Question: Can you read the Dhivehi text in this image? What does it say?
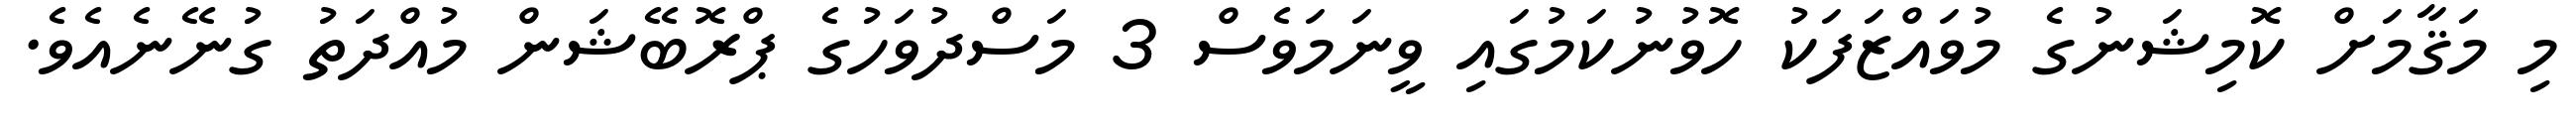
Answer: މި މަޤާމަށް ކޮމިޝަނުގެ މުވައްޒަފަކު ހޮވުނުކަމުގައި ވީނަމަވެސް 3 މަސްދުވަހުގެ ޕްރޮބޭޝަން މުއްދަތު ގުނޭނެއެވެ.